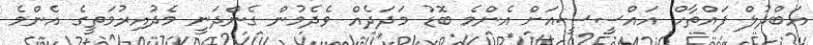
އަބްދުލް ފައްތާހް އައްސީސީއަށް އެންމެ ބޮޑު މަދަދެއް ވެދެމުން ގެންދަނީ މެދުއިރުމަތީގެ އެންމެ